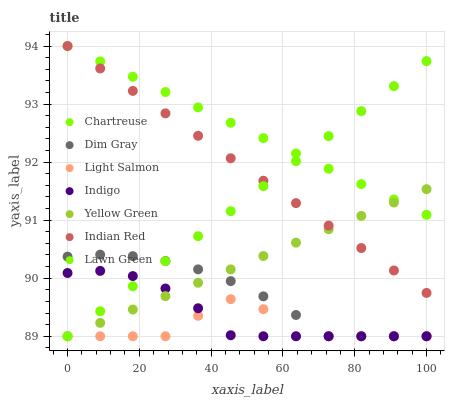
| xaxis_label | Chartreuse | Dim Gray | Light Salmon | Indigo | Yellow Green | Indian Red | Lawn Green |
 | --- | --- | --- | --- | --- | --- | --- | --- |
 | 0 | 94 | 90.4 | 89 | 90.1 | 89 | 94 | 89 |
 | 9.09 | 93.7 | 90.4 | 89 | 90.1 | 89.2 | 93.6 | 89.4 |
 | 18.2 | 93.5 | 90.4 | 89 | 90 | 89.5 | 93.2 | 89.9 |
 | 27.3 | 93.2 | 90.3 | 89 | 89.8 | 89.7 | 92.8 | 90.3 |
 | 36.4 | 92.9 | 90.2 | 89.4 | 89.5 | 89.9 | 92.5 | 90.7 |
 | 45.5 | 92.7 | 89.9 | 89.6 | 89 | 90.2 | 92.1 | 91.2 |
 | 54.5 | 92.4 | 89.7 | 89.5 | 89 | 90.4 | 91.7 | 91.6 |
 | 63.6 | 92.1 | 89.4 | 89 | 89 | 90.6 | 91.3 | 92 |
 | 72.7 | 91.9 | 89 | 89 | 89 | 90.8 | 90.9 | 92.4 |
 | 81.8 | 91.6 | 89 | 89 | 89 | 91.1 | 90.5 | 92.9 |
 | 90.9 | 91.4 | 89 | 89 | 89 | 91.3 | 90.1 | 93.3 |
 | 100 | 91.1 | 89 | 89 | 89 | 91.5 | 89.7 | 93.7 |